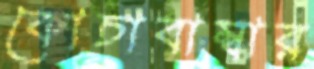
কোচাবাম্বার